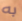
به